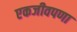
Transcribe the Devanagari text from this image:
एकजीवपणा